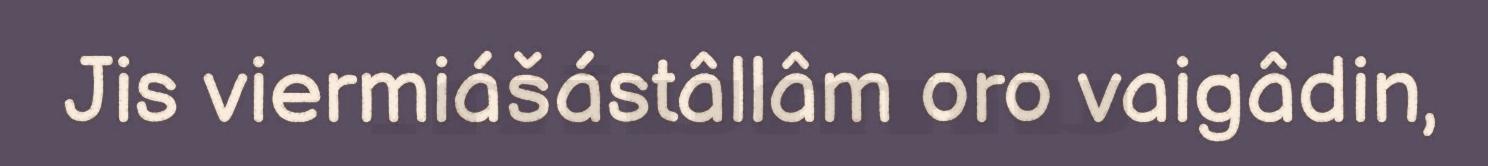
Jis viermiášástâllâm oro vaigâdin,